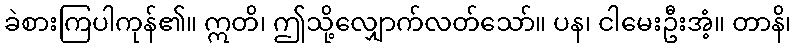
ခဲစားကြပါကုန်၏။ ဣတိ၊ ဤသို့လျှောက်လတ်သော်။ ပန၊ ငါမေးဦးအံ့။ တာနိ၊